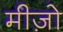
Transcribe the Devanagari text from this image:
मीज़ो